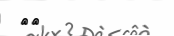
٥٢